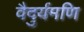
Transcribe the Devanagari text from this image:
वैदुर्यमणि